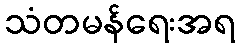
သံတမန်ရေးအရ